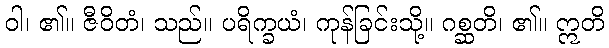
ဝါ၊ ၏။ ဇီဝိတံ၊ သည်။ ပရိက္ခယံ၊ ကုန်ခြင်းသို့။ ဂစ္ဆတိ၊ ၏။ ဣတိ